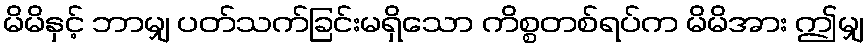
မိမိနှင့် ဘာမျှ ပတ်သက်ခြင်းမရှိသော ကိစ္စတစ်ရပ်က မိမိအား ဤမျှ